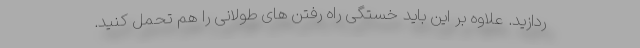
ردازید. علاوه بر این باید خستگی راه رفتن های طولانی را هم تحمل کنید.